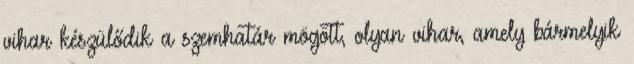
vihar készülődik a szemhatár mögött, olyan vihar, amely bármelyik